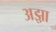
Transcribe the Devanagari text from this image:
अझ़ा